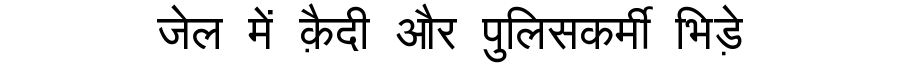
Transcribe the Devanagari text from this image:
जेल में क़ैदी और पुलिसकर्मी भिड़े